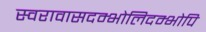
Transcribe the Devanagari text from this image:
स्वरावासदम्भोलिदम्भोपि